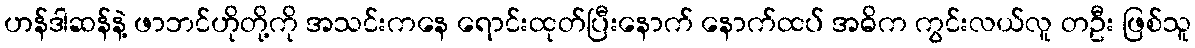
ဟန်ဒါဆန်နဲ့ ဖာဘင်ဟိုတို့ကို အသင်းကနေ ရောင်းထုတ်ပြီးနောက် နောက်ထပ် အဓိက ကွင်းလယ်လူ တဦး ဖြစ်သူ